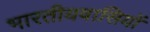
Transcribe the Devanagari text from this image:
भारतीयवासियों